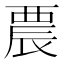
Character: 𨑇